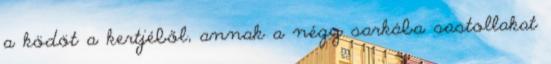
a ködöt a kertjéből, annak a négy sarkába sastollakat